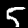
Digit: 5